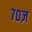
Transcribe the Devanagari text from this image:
७०ज़